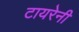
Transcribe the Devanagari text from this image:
टायरेनी